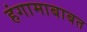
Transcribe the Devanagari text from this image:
हंगामाबाबत